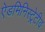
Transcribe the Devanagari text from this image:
ऐडमिनिस्ट्रेटीव